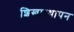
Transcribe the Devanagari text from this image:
शिखास्थापन